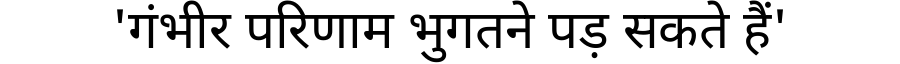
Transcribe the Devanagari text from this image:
'गंभीर परिणाम भुगतने पड़ सकते हैं'